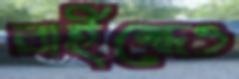
রাইন্ধেও